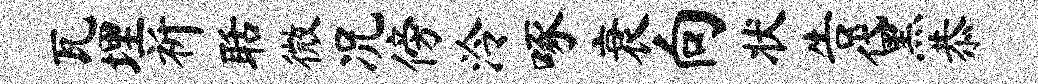
瓦埋祈聒微况傍泠啄衰向状告黛恭